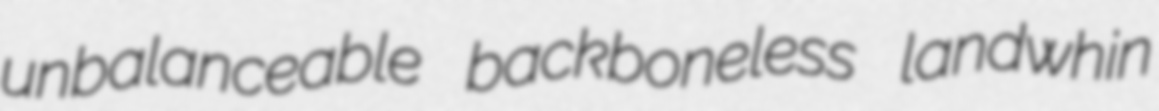
unbalanceable backboneless landwhin